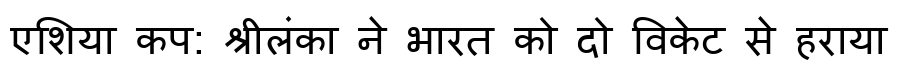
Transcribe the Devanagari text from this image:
एशिया कप: श्रीलंका ने भारत को दो विकेट से हराया